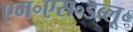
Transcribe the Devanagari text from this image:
एम॰एस॰डब्लू॰